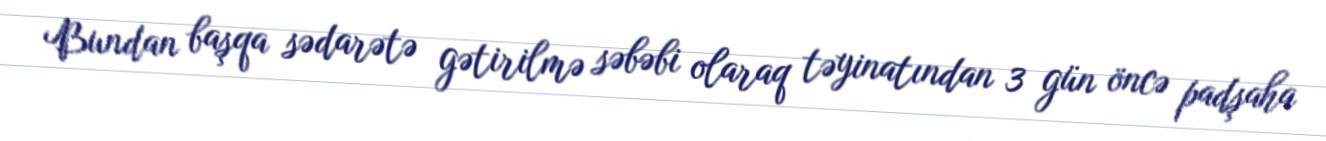
Bundan başqa sədarətə gətirilmə səbəbi olaraq təyinatından 3 gün öncə padşaha